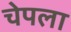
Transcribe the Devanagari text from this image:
चेपला